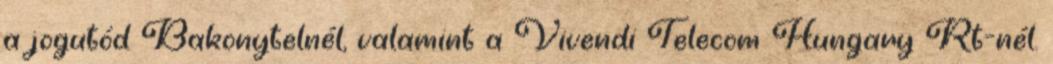
a jogutód Bakonytelnél, valamint a Vivendi Telecom Hungary Rt-nél.